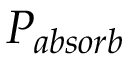
P _ { a b s o r b }